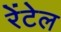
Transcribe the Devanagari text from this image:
रेंटेल